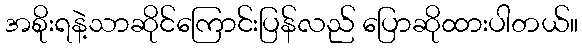
အစိုးရနဲ့သာဆိုင်ကြောင်းပြန်လည် ပြောဆိုထားပါတယ်။